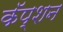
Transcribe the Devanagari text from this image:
कॅप्शन